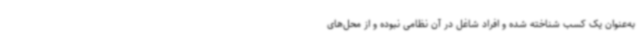
به‌عنوان یک کسب شناخته شده و افراد شاغل در آن نظامی نبوده و از محل‌های